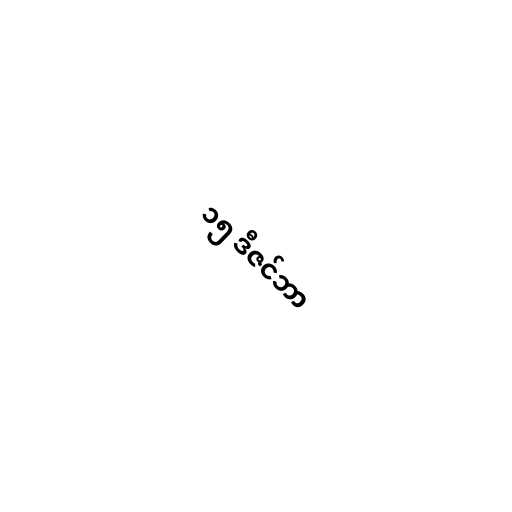
၁၅ ဒီဇင်ဘာ